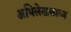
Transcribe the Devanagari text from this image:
अभिलेखकाव्य